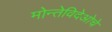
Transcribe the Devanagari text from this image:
मोन्तेविदेओचे